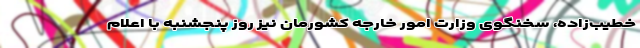
خطیب‌زاده، سخنگوی وزارت امور خارجه کشورمان نیز روز پنجشنبه با اعلام